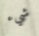
شيء